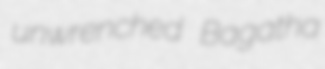
unwrenched Bagatha